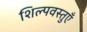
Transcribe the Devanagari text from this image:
शिल्पवस्तुएँ